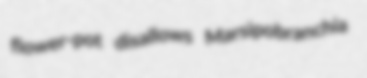
flower-pot disallows Marsipobranchia